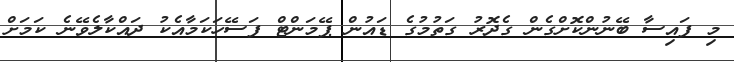
މި ފައިސާ ބޭނުންކޮށްގެން ގެދޮރު ގަތުމުގެ ޑައުން ޕޭމަންޓް ފަސޭހަކަމާއެކު ދައްކާލެވޭނެ ކަމަށް